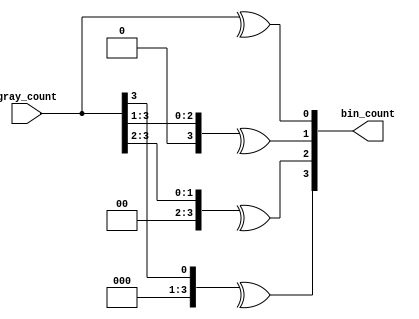

//------------------------------------------------------------------------------
//
//        This confidential and proprietary software may be used only
//     as authorized by a licensing agreement from Synopsys Inc.
//     In the event of publication, the following notice is applicable:
//
//                    (C) COPYRIGHT 2001 - 2002   SYNOPSYS INC.
//                          ALL RIGHTS RESERVED
//
//        The entire notice above must be reproduced on all authorized
//       copies.
//
//
// VERSION:   synthesizable Architecture
//
//-------------------------------------------------------------------------------
//----------------------------------------------------------------------
// ABSTRACT:  gray 2 binary conversion to account for decoding the read and 
//            write address from gray value across 
//
//----------------------------------------------------------------------

module gray2bin(gray_count,bin_count);

  parameter COUNT_WIDTH = 4;
  input [COUNT_WIDTH-1:0] gray_count;
  output [COUNT_WIDTH-1:0] bin_count;
  reg [COUNT_WIDTH-1:0] bin_count;

  integer i;


  always @(gray_count)
    begin
      for (i=0;i<=COUNT_WIDTH-1;i=i+1)
	begin
	  bin_count[i]=^(gray_count>>i);
	end
    end


endmodule